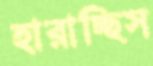
হারাচ্ছিস